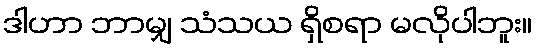
ဒါဟာ ဘာမျှ သံသယ ရှိစရာ မလိုပါဘူး။